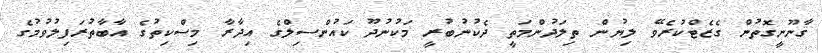
ޤާނޫނީގޮތުން ގެޒެޓްކުރެވޭ ލިޔުން ތިލަދުންމަތީ ދެކުނުބުރީ މަކުނުދޫ ކައުންސިލްގެ އިދާރާ މިސްކިތުގެ އާބާތުރަފިލުވުމުގެ